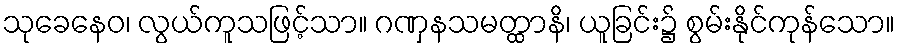
သုခေနေဝ၊ လွယ်ကူသဖြင့်သာ။ ဂဏှနသမတ္ထာနိ၊ ယူခြင်း၌ စွမ်းနိုင်ကုန်သော။